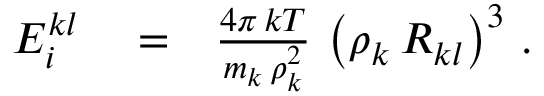
\begin{array} { r l r } { E _ { i } ^ { k l } } & { { } = } & { \frac { 4 \pi \, k T } { m _ { k } \, \rho _ { k } ^ { 2 } } \, \left( \rho _ { k } \, R _ { k l } \right) ^ { 3 } \, . } \end{array}